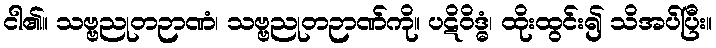
ငါ၏။ သဗ္ဗညုတဉာဏံ၊ သဗ္ဗညုတဉာဏ်ကို။ ပဋိဝိဒ္ဓံ၊ ထိုးထွင်း၍ သိအပ်ပြီး။